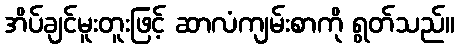
အိပ်ချင်မူးတူးဖြင့် ဆာလံကျမ်းစာကို ရွတ်သည်။